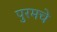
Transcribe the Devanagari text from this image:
पुरमचे